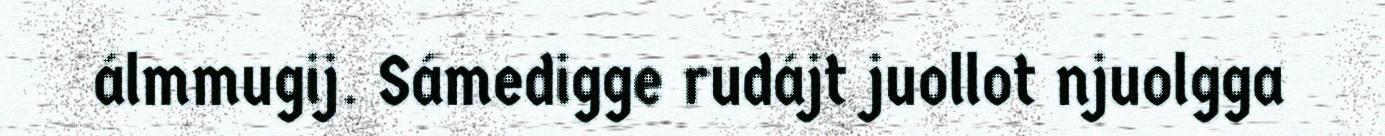
álmmugij. Sámedigge rudájt juollot njuolgga